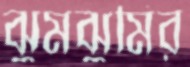
ঝুমঝুমির